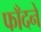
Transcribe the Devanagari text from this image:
फाँदने